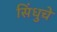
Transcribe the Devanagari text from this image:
सिंधुचे